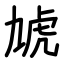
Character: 虓